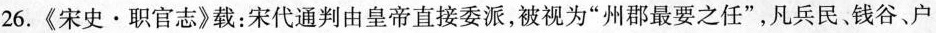
26.《宋史·职官志》载：宋代通判由皇帝直接委派，被视为”州郡最要之任”，凡兵民、钱谷、户